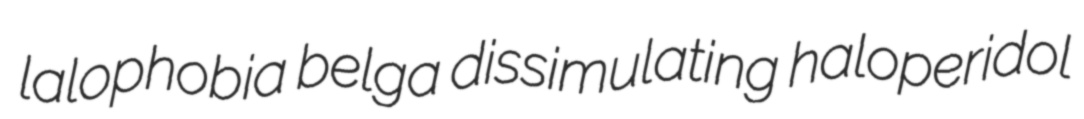
lalophobia belga dissimulating haloperidol